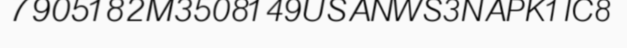
7905182M3508149USANWS3NAPK1IC8